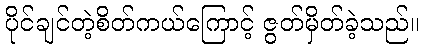
ပိုင်ချင်တဲ့စိတ်ကယ်ကြောင့် ဇွတ်မှိတ်ခဲ့သည်။